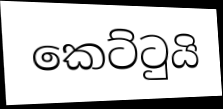
කෙට්ටුයි